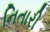
નિતારી